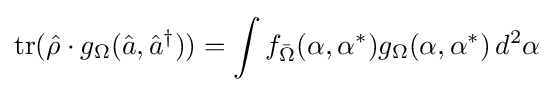
\operatorname {tr} ({\hat {\rho }}\cdot g_{\Omega }({\hat {a}},{\hat {a}}^{\dagger }))=\int f_{\bar {\Omega }}(\alpha ,\alpha ^{*})g_{\Omega }(\alpha ,\alpha ^{*})\,d^{2}\alpha